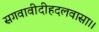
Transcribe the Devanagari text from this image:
सगवावीदीहदलवासा।।